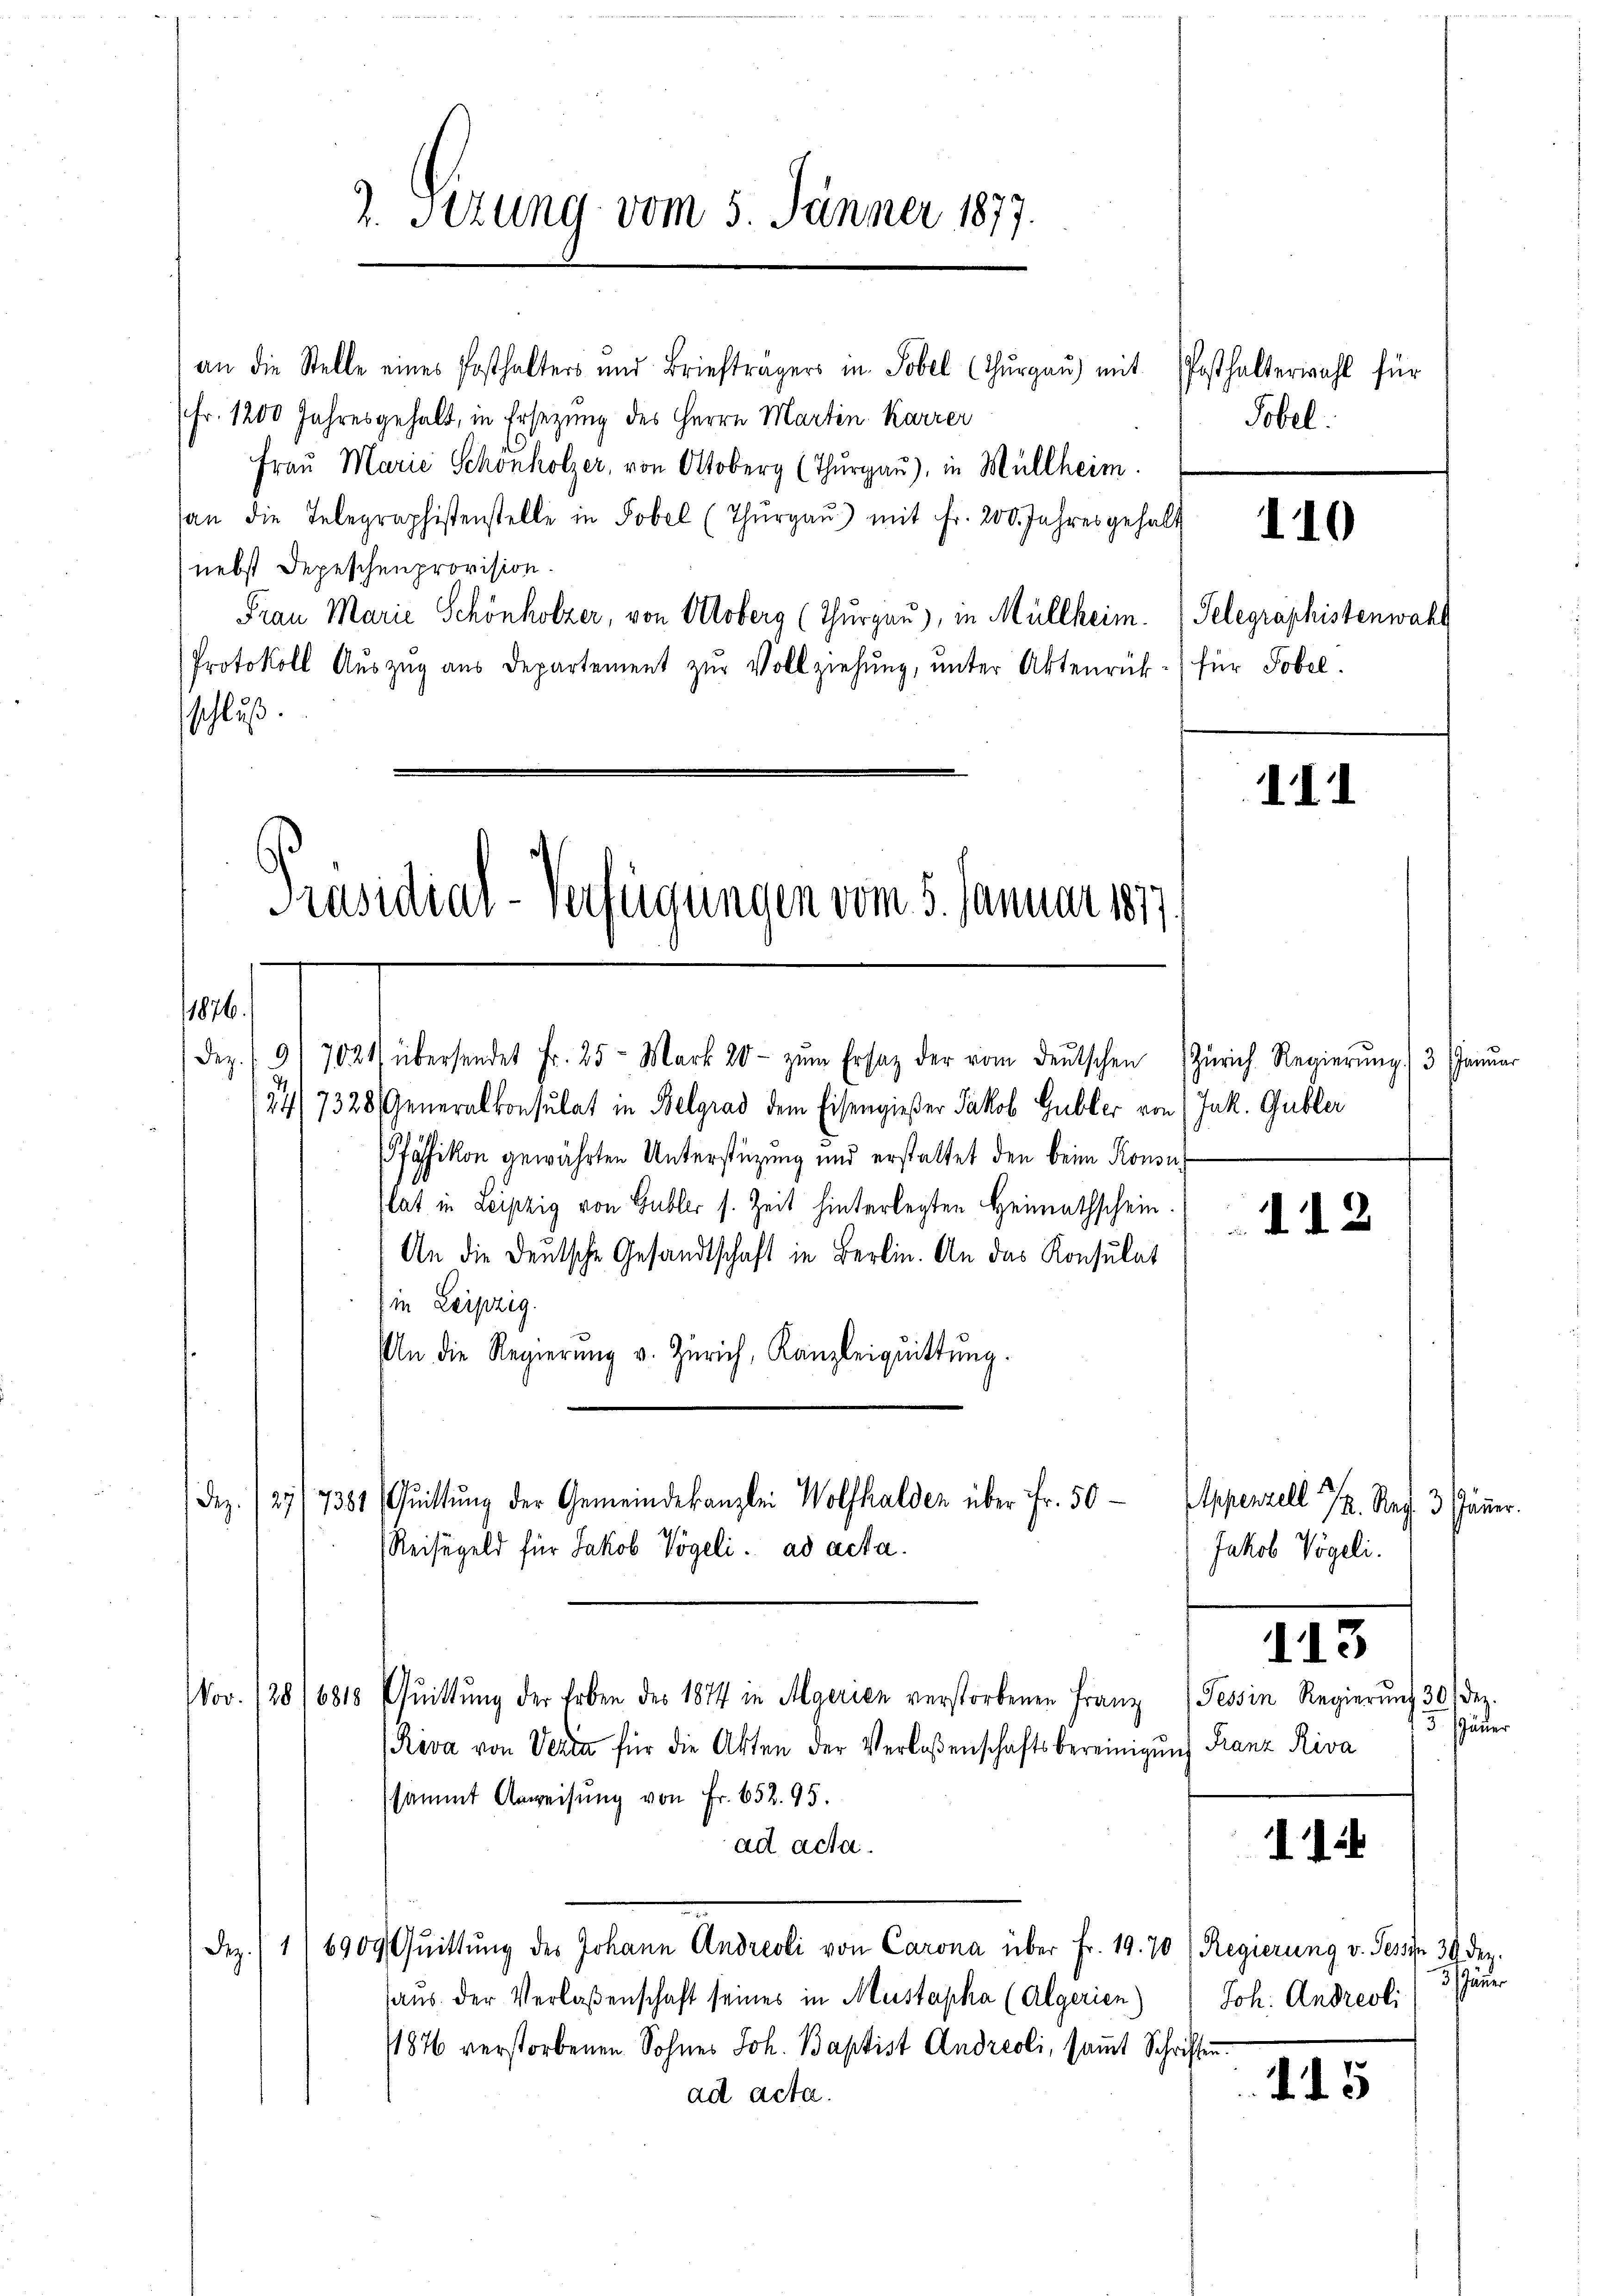
1826.

3. Sizung vom 5. Jänner 1877.

Präsidial-Verfügungen vom 5. Januar 1877,

an die Stelle eines Posthalters und Briefträgers in Tobel (Thŭrgaŭ) mit
(fr. 1200 Jahresgehalt, in Ersezung des Herrn Martin Karrer
Frau Marie Schönholzer, von Ottoberg (Thurgau), in Müllheim.
an die Telegraphistenstelle in Tobel (Thŭrgaŭ) mit Fr. 200. Jahres gehabt
nebst Depeschenprovision.
Frau Marie Schönholzer, von Altoberg (Thurgau), in Müllheim. Telegraphistenwahl
Protokoll Aŭszŭg aŭs Departement zŭr Vollziehŭng ŭnter Aktenrük-) für Tobel.
schluß.

Dez. 1917024 übersendet Fr. 25. Mark 20 - zŭm Ersatz der vom deŭtschen (Zürich Regierŭng (3. Jani
74/7328, Generalkonsulat in Belgrad dem Eisengießer Jakob Gubler von (Jak. Gubler
Pfäffikon gewährten Unterstüzung und erstattet den beim Konsu
flat in Leipzig von Gubler s. Zeit hinterlegten Heimathschein.
An die Deutsche Gesandtschaft in Berlin. An das Konsulat
in Leipzig.
An die Regierŭng v. Zürich, Kanzleiquittung.
Dez. 727/7381 Quittung der Gemeindekanzlei Wolfhalden über Fr. 50
Reisegeld für Jakob Vögeli. ad acta.
Nov. 128 (6818 Quittung der Erben des 1874 in Algerien verstorbenen Franz
Reva von Verta für die Akten der Verlaßenschaftsbereinigung Franz Riva
sammt Anweisung von Fr. 652. 95.
ad acta.
6909 Quittung des Johann Andreoli von Carona über Fr. 19. 70 (Regierung v. Tessin 30 Dez.
Bez. 1
haus der Verlaßenschaft seines in Müstapha (Algerien)
1876 verstorbenen Sohnes Joh. Baptist Andreoli, saṁt Schriften
ad acta.

Posthalterwahl für
Tobel.

110

III

112

Appenzell I. Reg. 3. Jän
Jakob Vögeli.

113

Tessin Regierŭng 30 Dez.
15. Jäner

II

45

3 Jäner
Joh. Andreoli